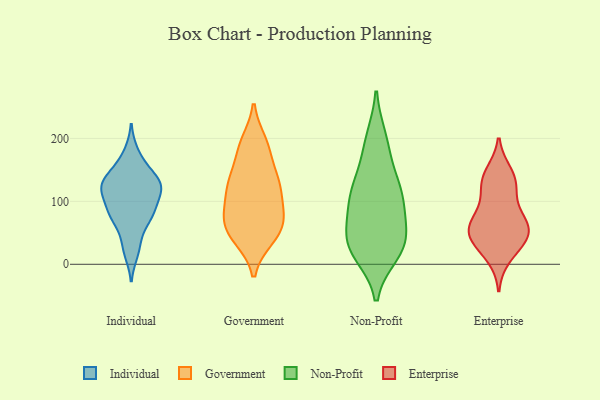
{"axis": {"x": "Conversion Rate (%)", "y": "Value"}, "legend": ["Enterprise", "Government", "Individual", "Non-Profit"], "data": [{"x": "", "y": 71, "type": "Individual"}, {"x": "", "y": 119, "type": "Individual"}, {"x": "", "y": 81, "type": "Individual"}, {"x": "", "y": 124, "type": "Individual"}, {"x": "", "y": 128, "type": "Individual"}, {"x": "", "y": 124, "type": "Individual"}, {"x": "", "y": 71, "type": "Individual"}, {"x": "", "y": 18, "type": "Individual"}, {"x": "", "y": 178, "type": "Individual"}, {"x": "", "y": 90, "type": "Individual"}, {"x": "", "y": 124, "type": "Individual"}, {"x": "", "y": 150, "type": "Individual"}, {"x": "", "y": 149, "type": "Individual"}, {"x": "", "y": 117, "type": "Individual"}, {"x": "", "y": 87, "type": "Individual"}, {"x": "", "y": 34, "type": "Individual"}, {"x": "", "y": 46, "type": "Government"}, {"x": "", "y": 87, "type": "Government"}, {"x": "", "y": 123, "type": "Government"}, {"x": "", "y": 71, "type": "Government"}, {"x": "", "y": 41, "type": "Government"}, {"x": "", "y": 72, "type": "Government"}, {"x": "", "y": 128, "type": "Government"}, {"x": "", "y": 132, "type": "Government"}, {"x": "", "y": 178, "type": "Government"}, {"x": "", "y": 194, "type": "Government"}, {"x": "", "y": 144, "type": "Non-Profit"}, {"x": "", "y": 28, "type": "Non-Profit"}, {"x": "", "y": 40, "type": "Non-Profit"}, {"x": "", "y": 106, "type": "Non-Profit"}, {"x": "", "y": 36, "type": "Non-Profit"}, {"x": "", "y": 199, "type": "Non-Profit"}, {"x": "", "y": 190, "type": "Non-Profit"}, {"x": "", "y": 124, "type": "Non-Profit"}, {"x": "", "y": 83, "type": "Non-Profit"}, {"x": "", "y": 25, "type": "Non-Profit"}, {"x": "", "y": 45, "type": "Non-Profit"}, {"x": "", "y": 107, "type": "Non-Profit"}, {"x": "", "y": 18, "type": "Non-Profit"}, {"x": "", "y": 99, "type": "Non-Profit"}, {"x": "", "y": 42, "type": "Enterprise"}, {"x": "", "y": 83, "type": "Enterprise"}, {"x": "", "y": 12, "type": "Enterprise"}, {"x": "", "y": 73, "type": "Enterprise"}, {"x": "", "y": 145, "type": "Enterprise"}, {"x": "", "y": 50, "type": "Enterprise"}, {"x": "", "y": 127, "type": "Enterprise"}, {"x": "", "y": 119, "type": "Enterprise"}, {"x": "", "y": 137, "type": "Enterprise"}, {"x": "", "y": 61, "type": "Enterprise"}, {"x": "", "y": 50, "type": "Enterprise"}, {"x": "", "y": 54, "type": "Enterprise"}, {"x": "", "y": 31, "type": "Enterprise"}]}